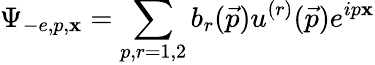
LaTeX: \Psi_{-e,p,\mathbf{x}}=\sum_{p,r=1,2}b_{r}(\vec{{p}})u^{(r)}(\vec{{p}})e^{ip\mathbf{x}}